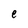
Character: e